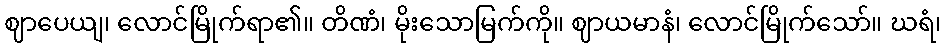
ဈာပေယျ၊ လောင်မြိုက်ရာ၏။ တိဏံ၊ မိုးသောမြက်ကို။ ဈာယမာနံ၊ လောင်မြိုက်သော်။ ဃရံ၊